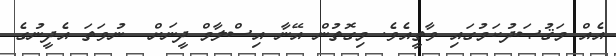
އެއް މަޤުޞަދުކަމުގައި ވާތީއެވެ. މިގޮތުން އޭނާ އިސްލާމް ދީނަށް  ނުވަތަ އެދީނުގެ